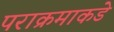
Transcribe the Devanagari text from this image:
पराक्रमाकडे